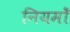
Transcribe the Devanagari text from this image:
नियमोँ